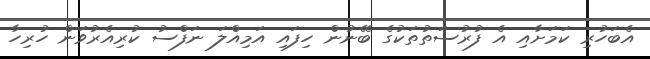
އެބަހުރި ކަމަށާއި އެ ފުރުސަތުތަކުގެ ބޭނުން ހިފައި އަމިއްލަ ނަފްސު ކުރިއެރުވަން ހުރިހާ